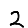
Digit: 2